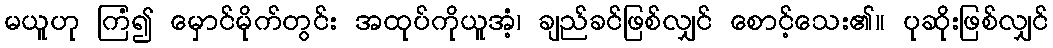
မယူဟု ကြံ၍ မှောင်မိုက်တွင်း အထုပ်ကိုယူအံ့၊ ချည်ခင်ဖြစ်လျှင် စောင့်သေး၏။ ပုဆိုးဖြစ်လျှင်